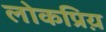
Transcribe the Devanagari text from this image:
लोकप्रिय़